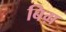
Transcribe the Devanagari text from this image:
बिग़